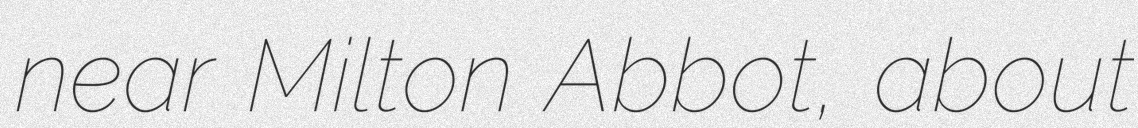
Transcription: near Milton Abbot, about